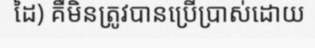
ដៃ) គឺមិនត្រូវបានប្រើប្រាស់ដោយ